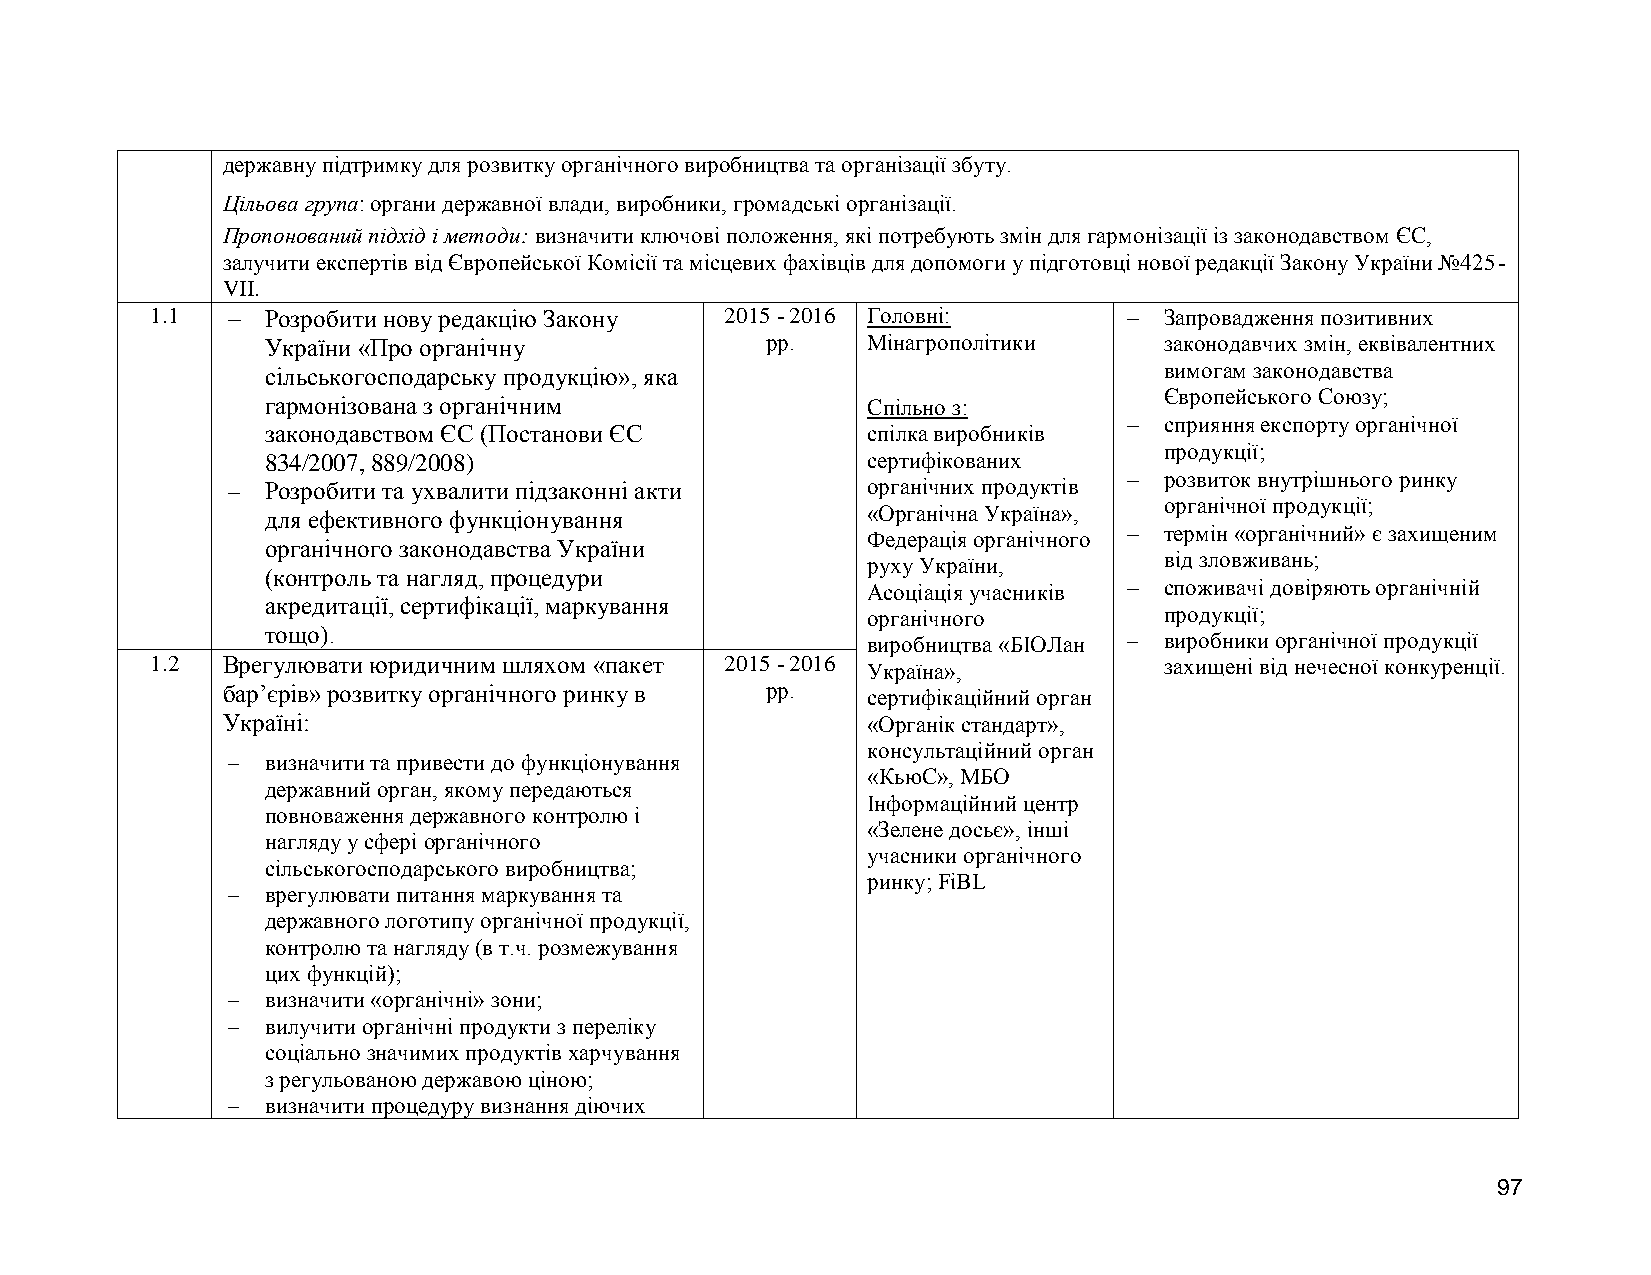
державну підтримку для розвитку органічного виробництва та організації збуту.
 Цільова група: органи державної влади, виробники, громадські організації.
 Пропонований підхід і методи: визначити ключові положення, які потребують змін для гармонізації із законодавством ЄС,
 залучити експертів від Європейської Комісії та місцевих фахівців для допомоги у підготовці нової редакції Закону України №425-
 VII.
 1.1    Розробити нову редакцію Закону 2015 - 2016 Головні:       Запровадження позитивних
 України «Про органічну           рр.   Мінагрополітики     законодавчих змін, еквівалентних
 сільськогосподарську продукцію», яка                       вимогам законодавства
 Європейського Союзу;
 гармонізована з органічним             Спільно з:
  сприяння експорту органічної
 законодавством ЄС (Постанови ЄС        спілка виробників
 продукції;
 834/2007, 889/2008)                    сертифікованих
  розвиток внутрішнього ринку
   Розробити та ухвалити підзаконні акти  органічних продуктів
 органічної продукції;
 для ефективного функціонування         «Органічна Україна»,
 Федерація органічного  термін «органічний» є захищеним
 органічного законодавства України
 руху України,       від зловживань;
 (контроль та нагляд, процедури
 Асоціація учасників  споживачі довіряють органічній
 акредитації, сертифікації, маркування
 органічного         продукції;
 тощо).
 виробництва «БІОЛан  виробники органічної продукції
 1.2  Врегулювати юридичним шляхом «пакет 2015 - 2016 Україна»,     захищені від нечесної конкуренції.
 бар’єрів» розвитку органічного ринку в рр. сертифікаційний орган
 Україні:                                  «Органік стандарт»,
 консультаційний орган
   визначити та привести до функціонування
 «КьюС», МБО
 державний орган, якому передаються
 Інформаційний центр
 повноваження державного контролю і
 «Зелене досьє», інші
 нагляду у сфері органічного
 учасники органічного
 сільськогосподарського виробництва;
 ринку; FiBL
   врегулювати питання маркування та
 державного логотипу органічної продукції,
 контролю та нагляду (в т.ч. розмежування
 цих функцій);
   визначити «органічні» зони;
   вилучити органічні продукти з переліку
 соціально значимих продуктів харчування
 з регульованою державою ціною;
   визначити процедуру визнання діючих
 97